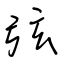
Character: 弦